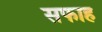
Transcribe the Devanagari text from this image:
सफाह